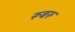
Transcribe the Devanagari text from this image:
रूबरु